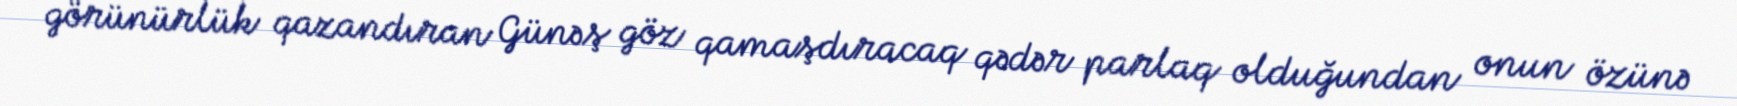
görünürlük qazandıran Günəş göz qamaşdıracaq qədər parlaq olduğundan onun özünə